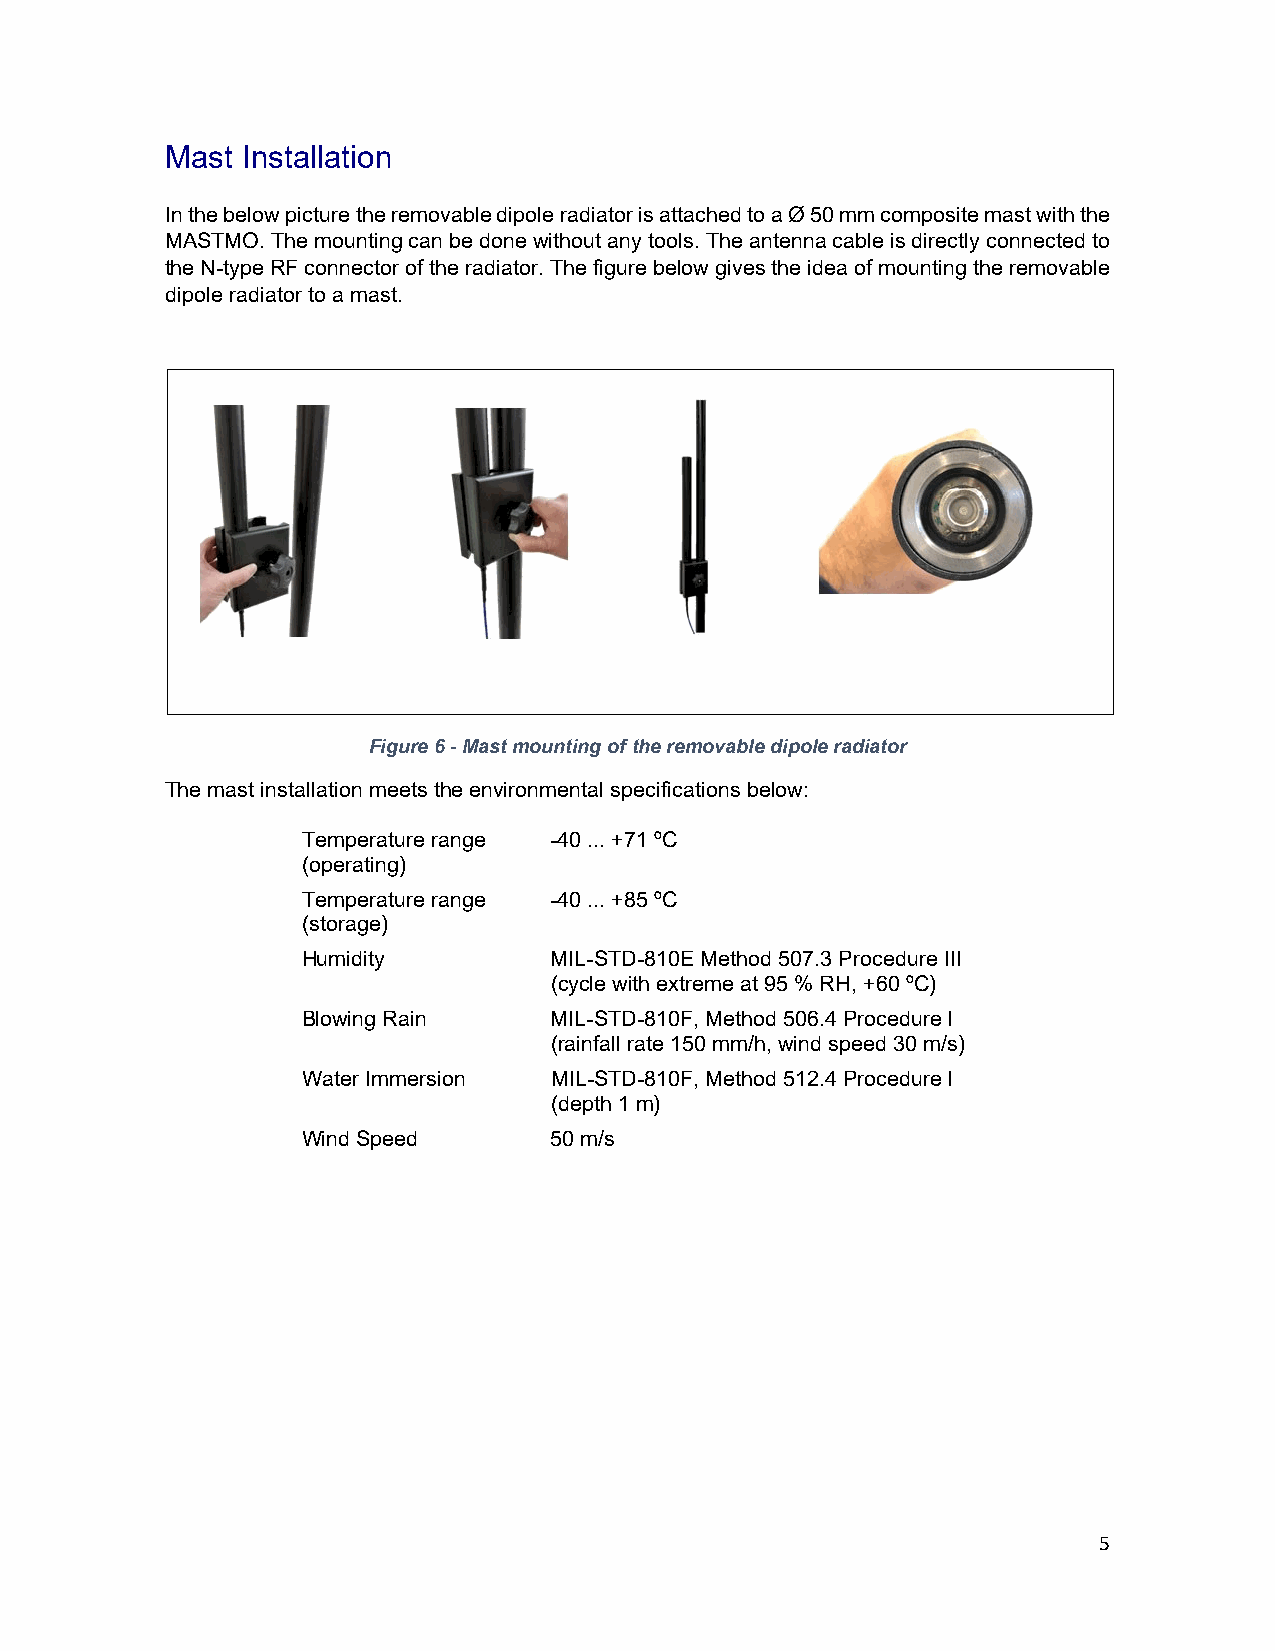
Mast Installation
 In the below picture the removable dipole radiator is attached to a Ø 50 mm composite mast with the
 MASTMO. The mounting can be done without any tools. The antenna cable is directly connected to
 the N-type RF connector of the radiator. The figure below gives the idea of mounting the removable
 dipole radiator to a mast.
 Figure 6 - Mast mounting of the removable dipole radiator
 The mast installation meets the environmental specifications below:
 Temperature range -40 ... +71 ºC
 (operating)
 Temperature range -40 ... +85 ºC
 (storage)
 Humidity        MIL-STD-810E Method 507.3 Procedure III
 (cycle with extreme at 95 % RH, +60 ºC)
 Blowing Rain    MIL-STD-810F, Method 506.4 Procedure l
 (rainfall rate 150 mm/h, wind speed 30 m/s)
 Water Immersion MIL-STD-810F, Method 512.4 Procedure l
 (depth 1 m)
 Wind Speed      50 m/s
 5